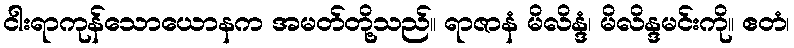
ငါးရာကုန်သောယောနက အမတ်တို့သည်။ ရာဇာနံ မိလိန္ဒံ၊ မိလိန္ဒမင်းကို။ ဧတံ၊